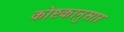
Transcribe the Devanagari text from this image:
कोष्टकानुसार